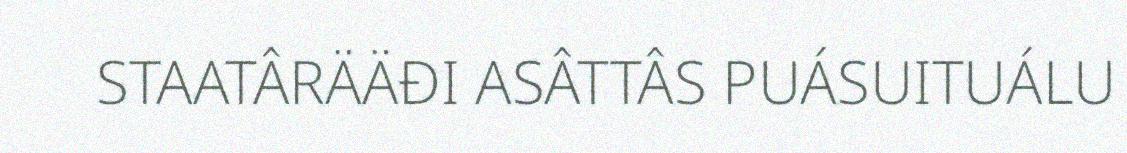
STAATÂRÄÄĐI ASÂTTÂS PUÁSUITUÁLU